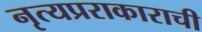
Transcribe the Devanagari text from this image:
नृत्यप्रराकाराची